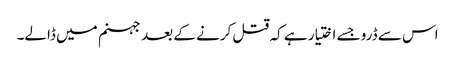
اس سے ڈرو جسے اختیار ہے کہ قتل کرنے کے بعد جہنم میں ڈالے۔